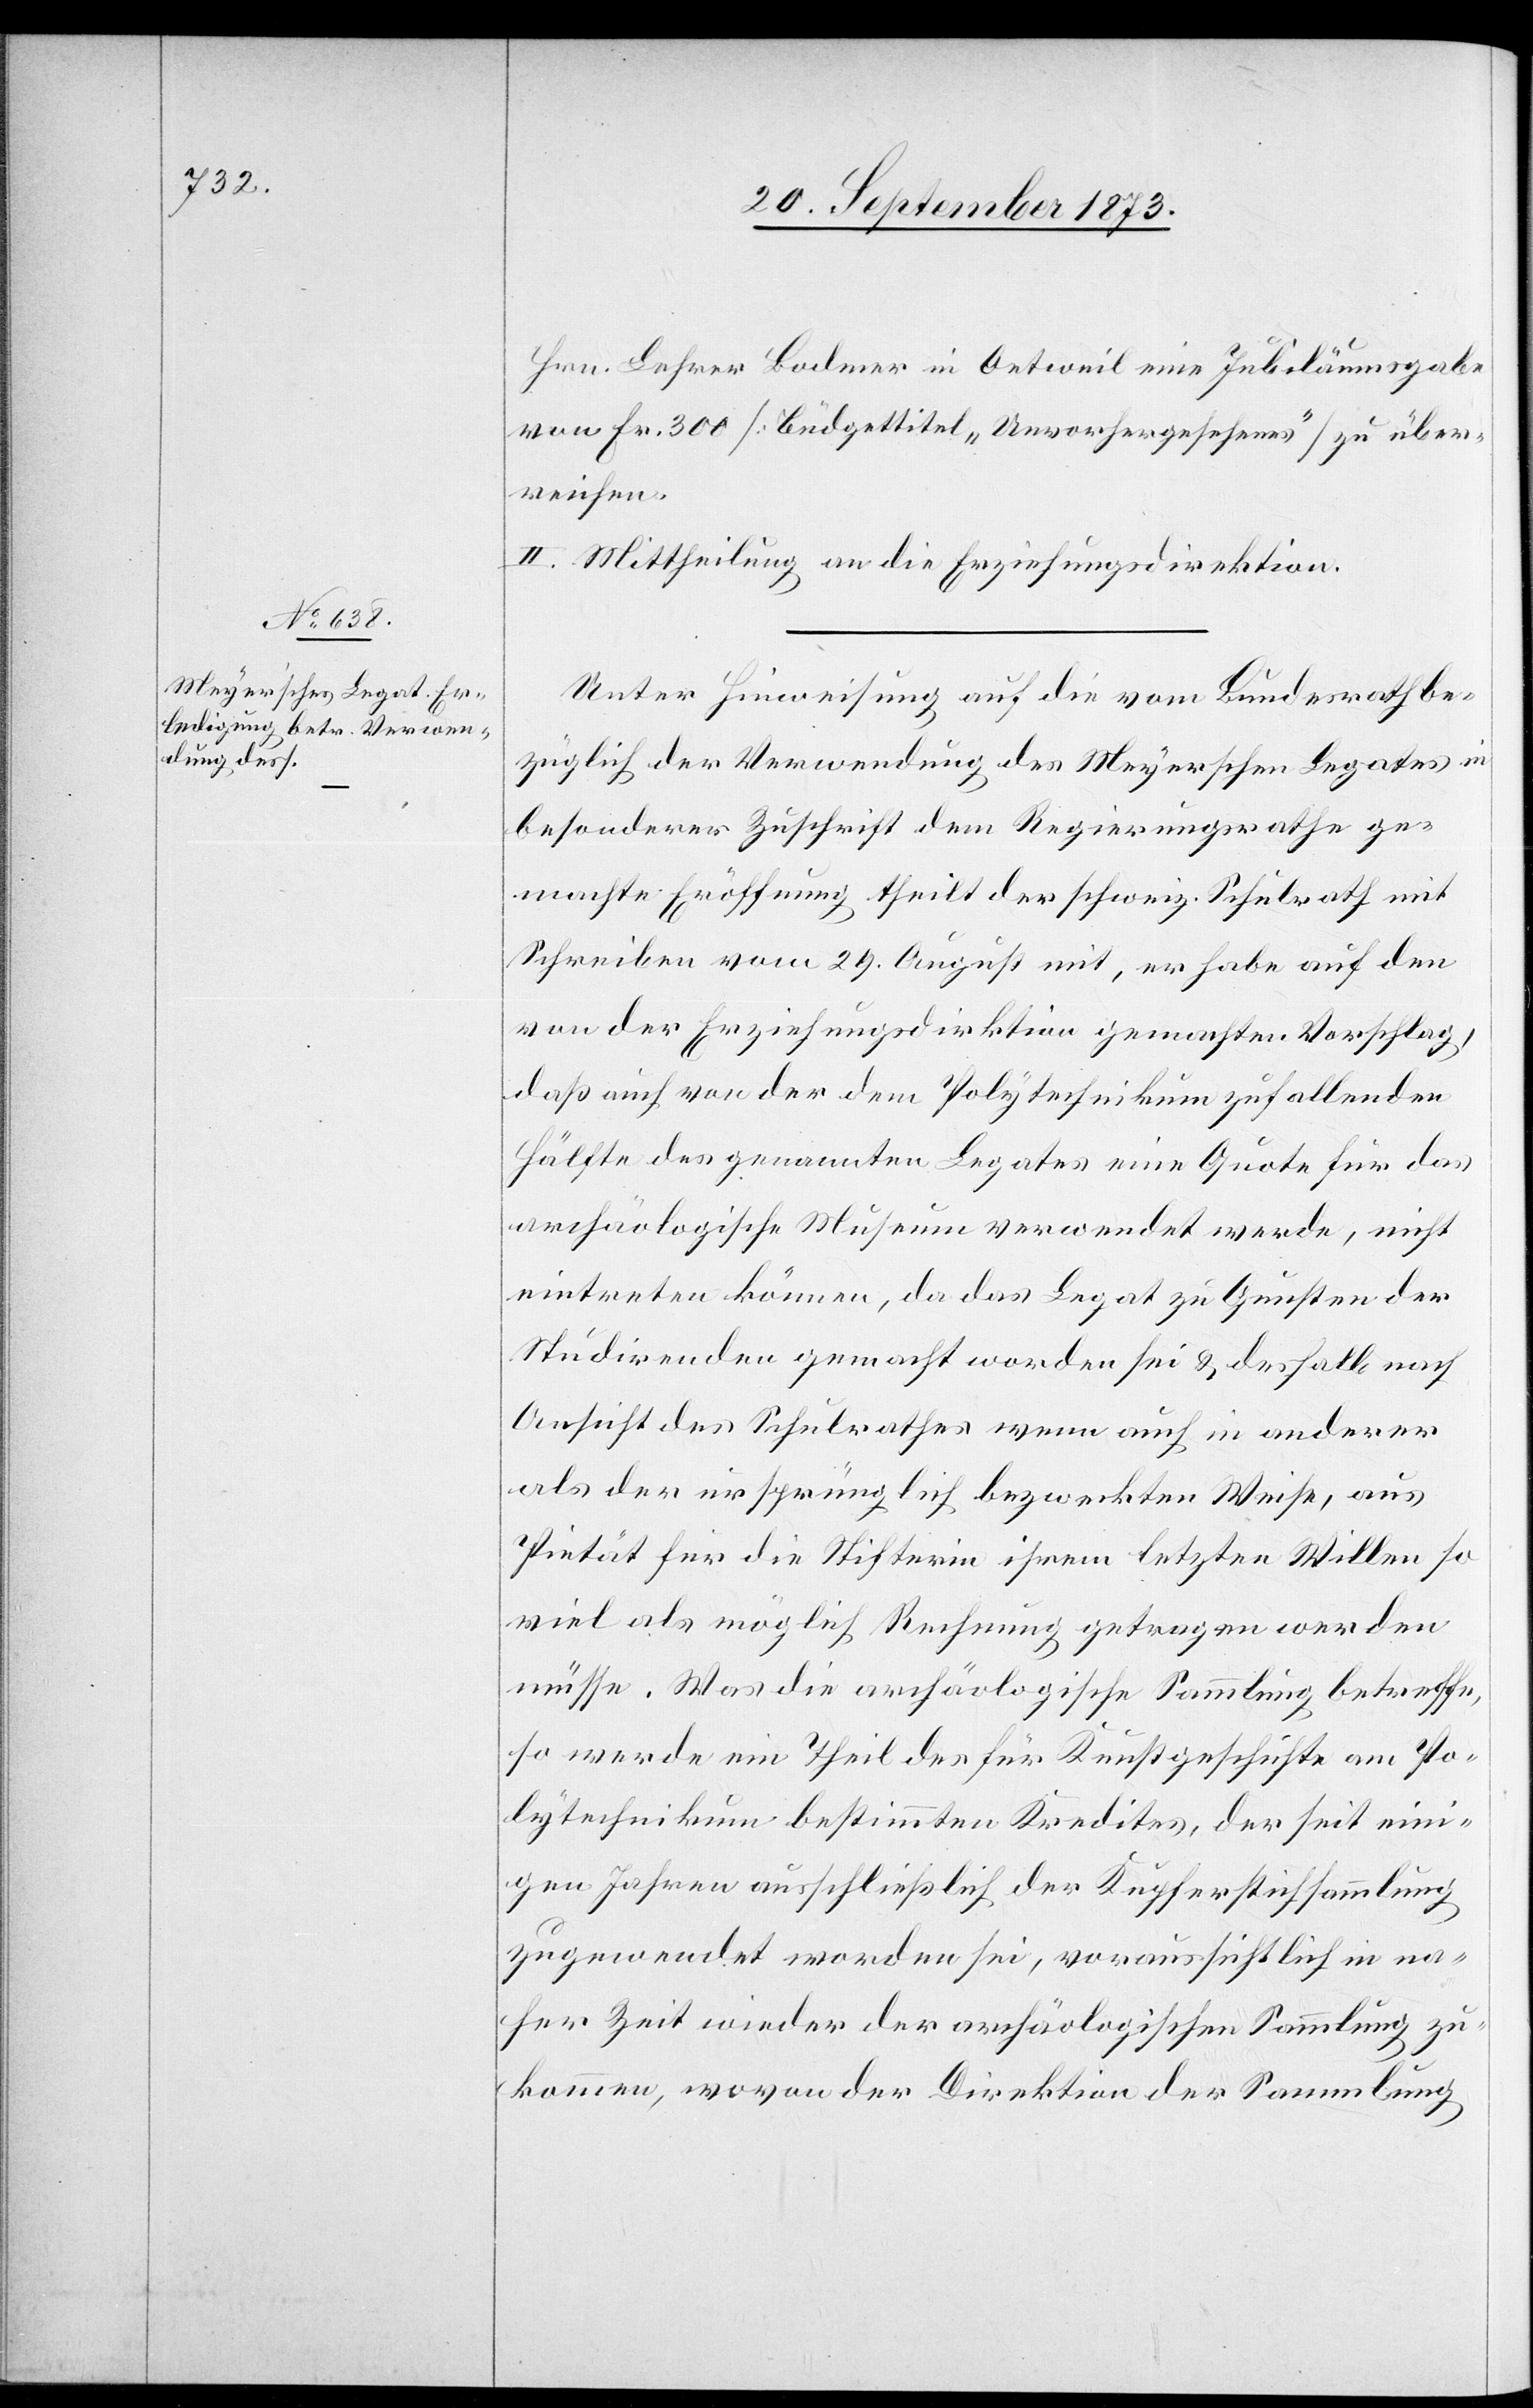
Hrn. Lehrer Bodmer in Oetweil eine Jubiläumsgabe
von Fr. 300 [Büdgettitel „Unvorhergesehenes“] zu über¬
reichen.
II. Mittheilung an die Erziehungsdirektion.
Unter Hinweisung auf die vom Bundesrath be¬
züglich der Verwendung des Meyerschen Legates in
besonderer Zuschrift dem Regierungsrathe ge¬
machte Eröffnung theilt der schweiz. Schulrath mit
Schreiben vom 29. August mit, er habe auf den
von der Erziehungsdirektion gemachten Vorschlag,
daß auch von der dem Polytechnikum zufallenden
Hälfte des genannten Legates eine Quote für das
archäologische Museum verwendet werde, nicht
eintreten können, da das Legat zu Gunsten der
Studirenden gemacht worden sei & deshalb nach
Ansicht des Schulrathes wenn auch in anderer
als der ursprünglich bezweckten Weise, aus
Pietät für die Stifterin ihrem letzten Willen so
viel als möglich Rechnung getragen werden
müsse. Was die archäologische Sammlung betreffe,
so werde ein Theil des für Kunstgeschichte am Po¬
lytechnikum bestimmten Kredites, der seit eini¬
gen Jahren ausschließlich der Kupferstichsammlung
zugewendet worden sei, voraussichtlich in na¬
her Zeit wieder der archäologischen Sammlung zu¬
kommen, wovon der Direktion [recte: Direktor]